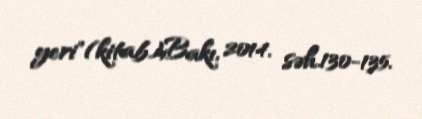
yeri"(kitab),Bakı, 2014. səh.130-135.